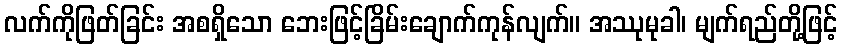
လက်ကိုဖြတ်ခြင်း အစရှိသော ဘေးဖြင့်ခြိမ်းချောက်ကုန်လျက်။ အဿုမုခါ၊ မျက်ရည်တို့ဖြင့်